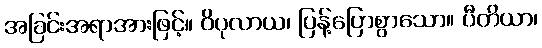
အခြင်းအရာအားဖြင့်။ ဝိပုလာယ၊ ပြန့်ပြောစွာသော။ ပီတိယာ၊